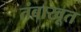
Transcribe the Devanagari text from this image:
तंबाखूत